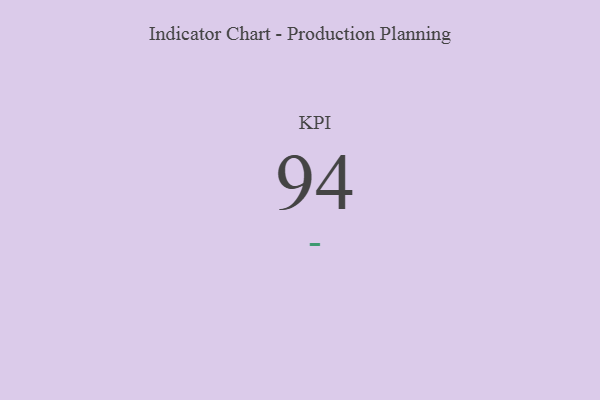
{"axis": {"x": "KPI", "y": "Value"}, "legend": [""], "data": [{"x": "KPI", "y": 94, "type": ""}]}